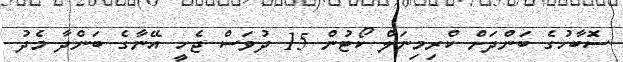
ސޮބާހުގެ ބަންދަށް ކްރިމިނަލް ކޯޓުން 15 ދުވަސް ޖެހީ އޭނާގެ ބަންދާ މެދު